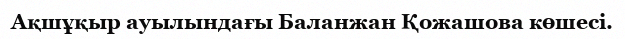
Ақшұқыр ауылындағы Баланжан Қожашова көшесі.